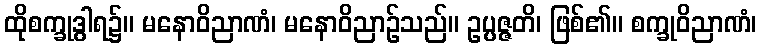
ထိုစက္ခုဒွါရ၌။ မနောဝိညာဏံ၊ မနောဝိညာဉ်သည်။ ဥပ္ပဇ္ဇတိ၊ ဖြစ်၏။ စက္ခုဝိညာဏံ၊